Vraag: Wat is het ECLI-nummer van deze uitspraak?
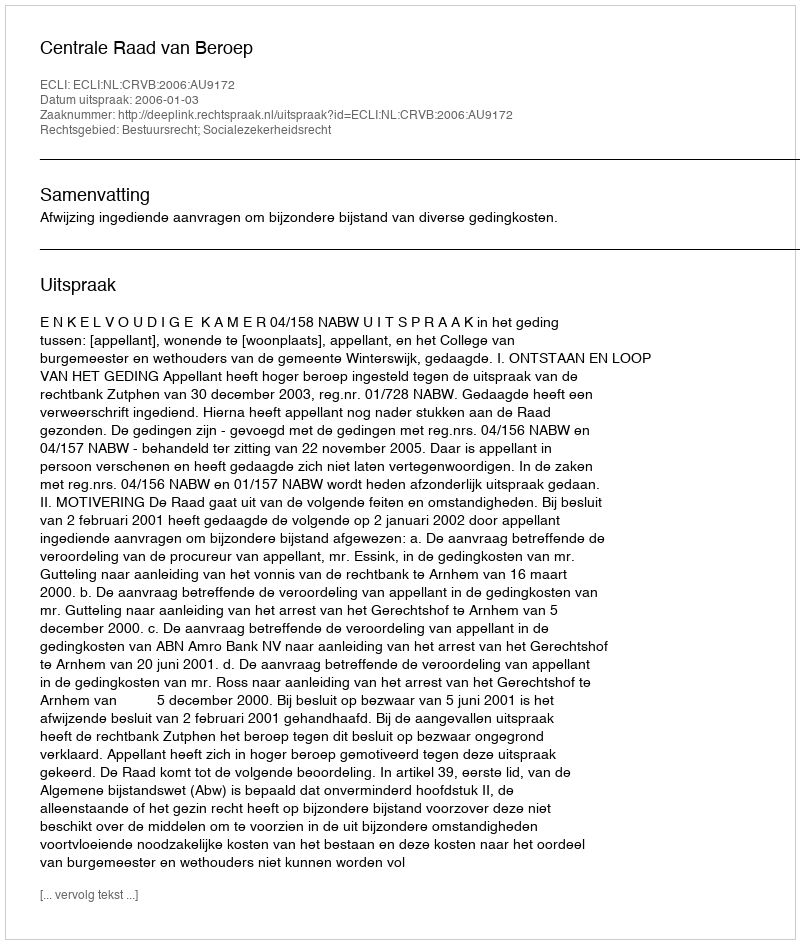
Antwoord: ECLI:NL:CRVB:2006:AU9172